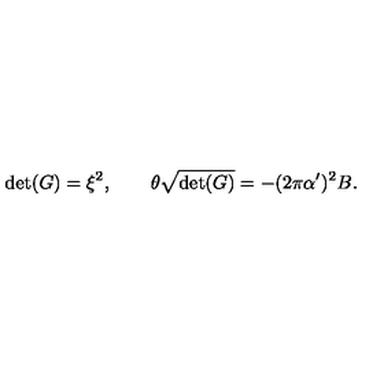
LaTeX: \det ( G ) = \xi ^ { 2 } , \qquad \theta \sqrt { \det ( G ) } = - ( 2 \pi \alpha ^ { \prime } ) ^ { 2 } B .